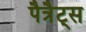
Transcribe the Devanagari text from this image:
पैत्रैट्स